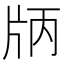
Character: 𤖶